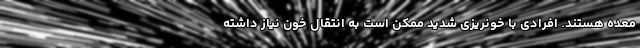
معده هستند. افرادی با خونریزی شدید ممکن است به انتقال خون نیاز داشته